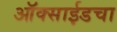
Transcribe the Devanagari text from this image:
ऑक्साईडचा